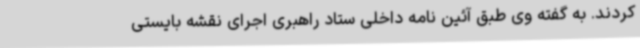
کردند. به گفته وی طبق آئین نامه داخلی ستاد راهبری اجرای نقشه بایستی